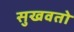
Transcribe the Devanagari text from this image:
सुखवतो